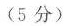
(5 分)